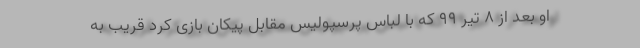
او بعد از 8 تیر 99 که با لباس پرسپولیس مقابل پیکان بازی کرد قریب به